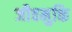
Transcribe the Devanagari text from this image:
जीवमुक्ति